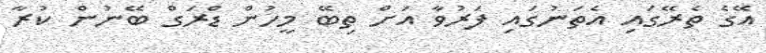
އޭގެ ތެރޭގައި އެތަނުގައި ފަރުވާ އަށް ތިބޭ މީހުން ޑްރަގް ބޭނުން ކުރާ